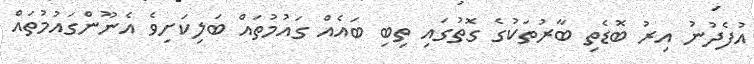
އުފެދުނު އިރު ބޮޑެތި ބާރުތަކުގެ ގޮތުގައި ތިބި ބައެއް ގައުމުތައް ބަލިކަށިވެ އެނޫންގައުމުތައް